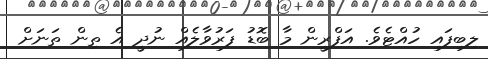
ލިބިފައި ހުއްޓެވެ. އަފްރީން މާ ބޮޑު ފަރުވާލެއް ނުދީ އެ ތިން ތަނަށް